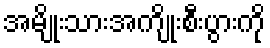
အမျိုးသားအကျိုးစီးပွားကို